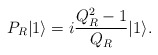
\begin{align*}P_R|1 \rangle = i \frac{Q_R^2-1}{Q_R}|1 \rangle.\end{align*}